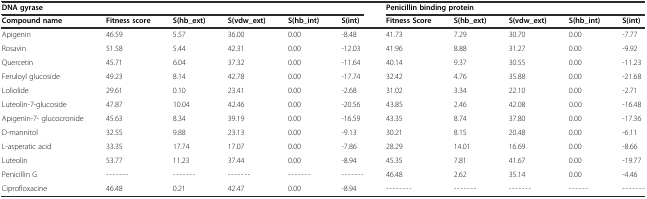
<table><thead><tr><td colspan="6"><b>DNA gyrase</b></td><td colspan="5"><b>Penicillin binding protein</b></td></tr><tr><td><b>Compound name</b></td><td><b>Fitness score</b></td><td><b>S(hb_ext)</b></td><td><b>S(vdw_ext)</b></td><td><b>S(hb_int)</b></td><td><b>S(int)</b></td><td><b>Fitness Score</b></td><td><b>S(hb_ext)</b></td><td><b>S(vdw_ext)</b></td><td><b>S(hb_int)</b></td><td><b>S(int)</b></td></tr></thead><tbody><tr><td>Apigenin</td><td>46.59</td><td>5.57</td><td>36.00</td><td>0.00</td><td>-8.48</td><td>41.73</td><td>7.29</td><td>30.70</td><td>0.00</td><td>-7.77</td></tr><tr><td>Rosavin</td><td>51.58</td><td>5.44</td><td>42.31</td><td>0.00</td><td>-12.03</td><td>41.96</td><td>8.88</td><td>31.27</td><td>0.00</td><td>-9.92</td></tr><tr><td>Quercetin</td><td>45.71</td><td>6.04</td><td>37.32</td><td>0.00</td><td>-11.64</td><td>40.14</td><td>9.37</td><td>30.55</td><td>0.00</td><td>-11.23</td></tr><tr><td>Feruloyl glucoside</td><td>49.23</td><td>8.14</td><td>42.78</td><td>0.00</td><td>-17.74</td><td>32.42</td><td>4.76</td><td>35.88</td><td>0.00</td><td>-21.68</td></tr><tr><td>Loliolide</td><td>29.61</td><td>0.10</td><td>23.41</td><td>0.00</td><td>-2.68</td><td>31.02</td><td>3.34</td><td>22.10</td><td>0.00</td><td>-2.71</td></tr><tr><td>Luteolin-7-glucoside</td><td>47.87</td><td>10.04</td><td>42.46</td><td>0.00</td><td>-20.56</td><td>43.85</td><td>2.46</td><td>42.08</td><td>0.00</td><td>-16.48</td></tr><tr><td>Apigenin-7- glucocronide</td><td>45.63</td><td>8.34</td><td>39.19</td><td>0.00</td><td>-16.59</td><td>43.35</td><td>8.74</td><td>37.80</td><td>0.00</td><td>-17.36</td></tr><tr><td>D-mannitol</td><td>32.55</td><td>9.88</td><td>23.13</td><td>0.00</td><td>-9.13</td><td>30.21</td><td>8.15</td><td>20.48</td><td>0.00</td><td>-6.11</td></tr><tr><td>L-asperatic acid</td><td>33.35</td><td>17.74</td><td>17.07</td><td>0.00</td><td>-7.86</td><td>28.29</td><td>14.01</td><td>16.69</td><td>0.00</td><td>-8.66</td></tr><tr><td>Luteolin</td><td>53.77</td><td>11.23</td><td>37.44</td><td>0.00</td><td>-8.94</td><td>45.35</td><td>7.81</td><td>41.67</td><td>0.00</td><td>-19.77</td></tr><tr><td>Penicillin G</td><td>-------</td><td>-------</td><td>-------</td><td>-------</td><td>-------</td><td>46.48</td><td>2.62</td><td>35.14</td><td>0.00</td><td>-4.46</td></tr><tr><td>Ciprofloxacine</td><td>46.48</td><td>0.21</td><td>42.47</td><td>0.00</td><td>-8.94</td><td>--------</td><td>-------</td><td>-------</td><td>------</td><td>-------</td></tr></tbody></table>